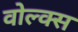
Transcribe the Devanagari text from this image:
वोल्क्स